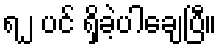
ရ၂ ပင် ရှိခဲ့ပါချေပြီ။